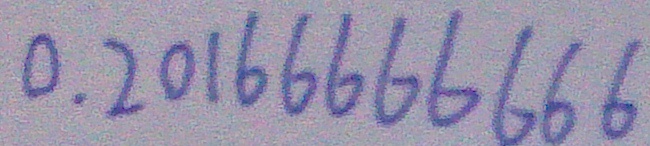
0 . 2 0 1 6 6 6 6 6 6 6 6